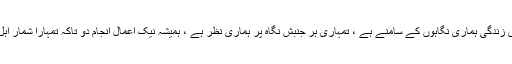
تمہاری پوری زندگی ہماری نگاہوں کے سامنے ہے ، تمہاری ہر جنبش نگاہ پر ہماری نظر ہے ، ہمیشہ نیک اعمال انجام دو تاکہ تمہارا شمار اہل خیر میں ہو۔